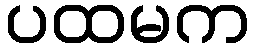
ပထမက